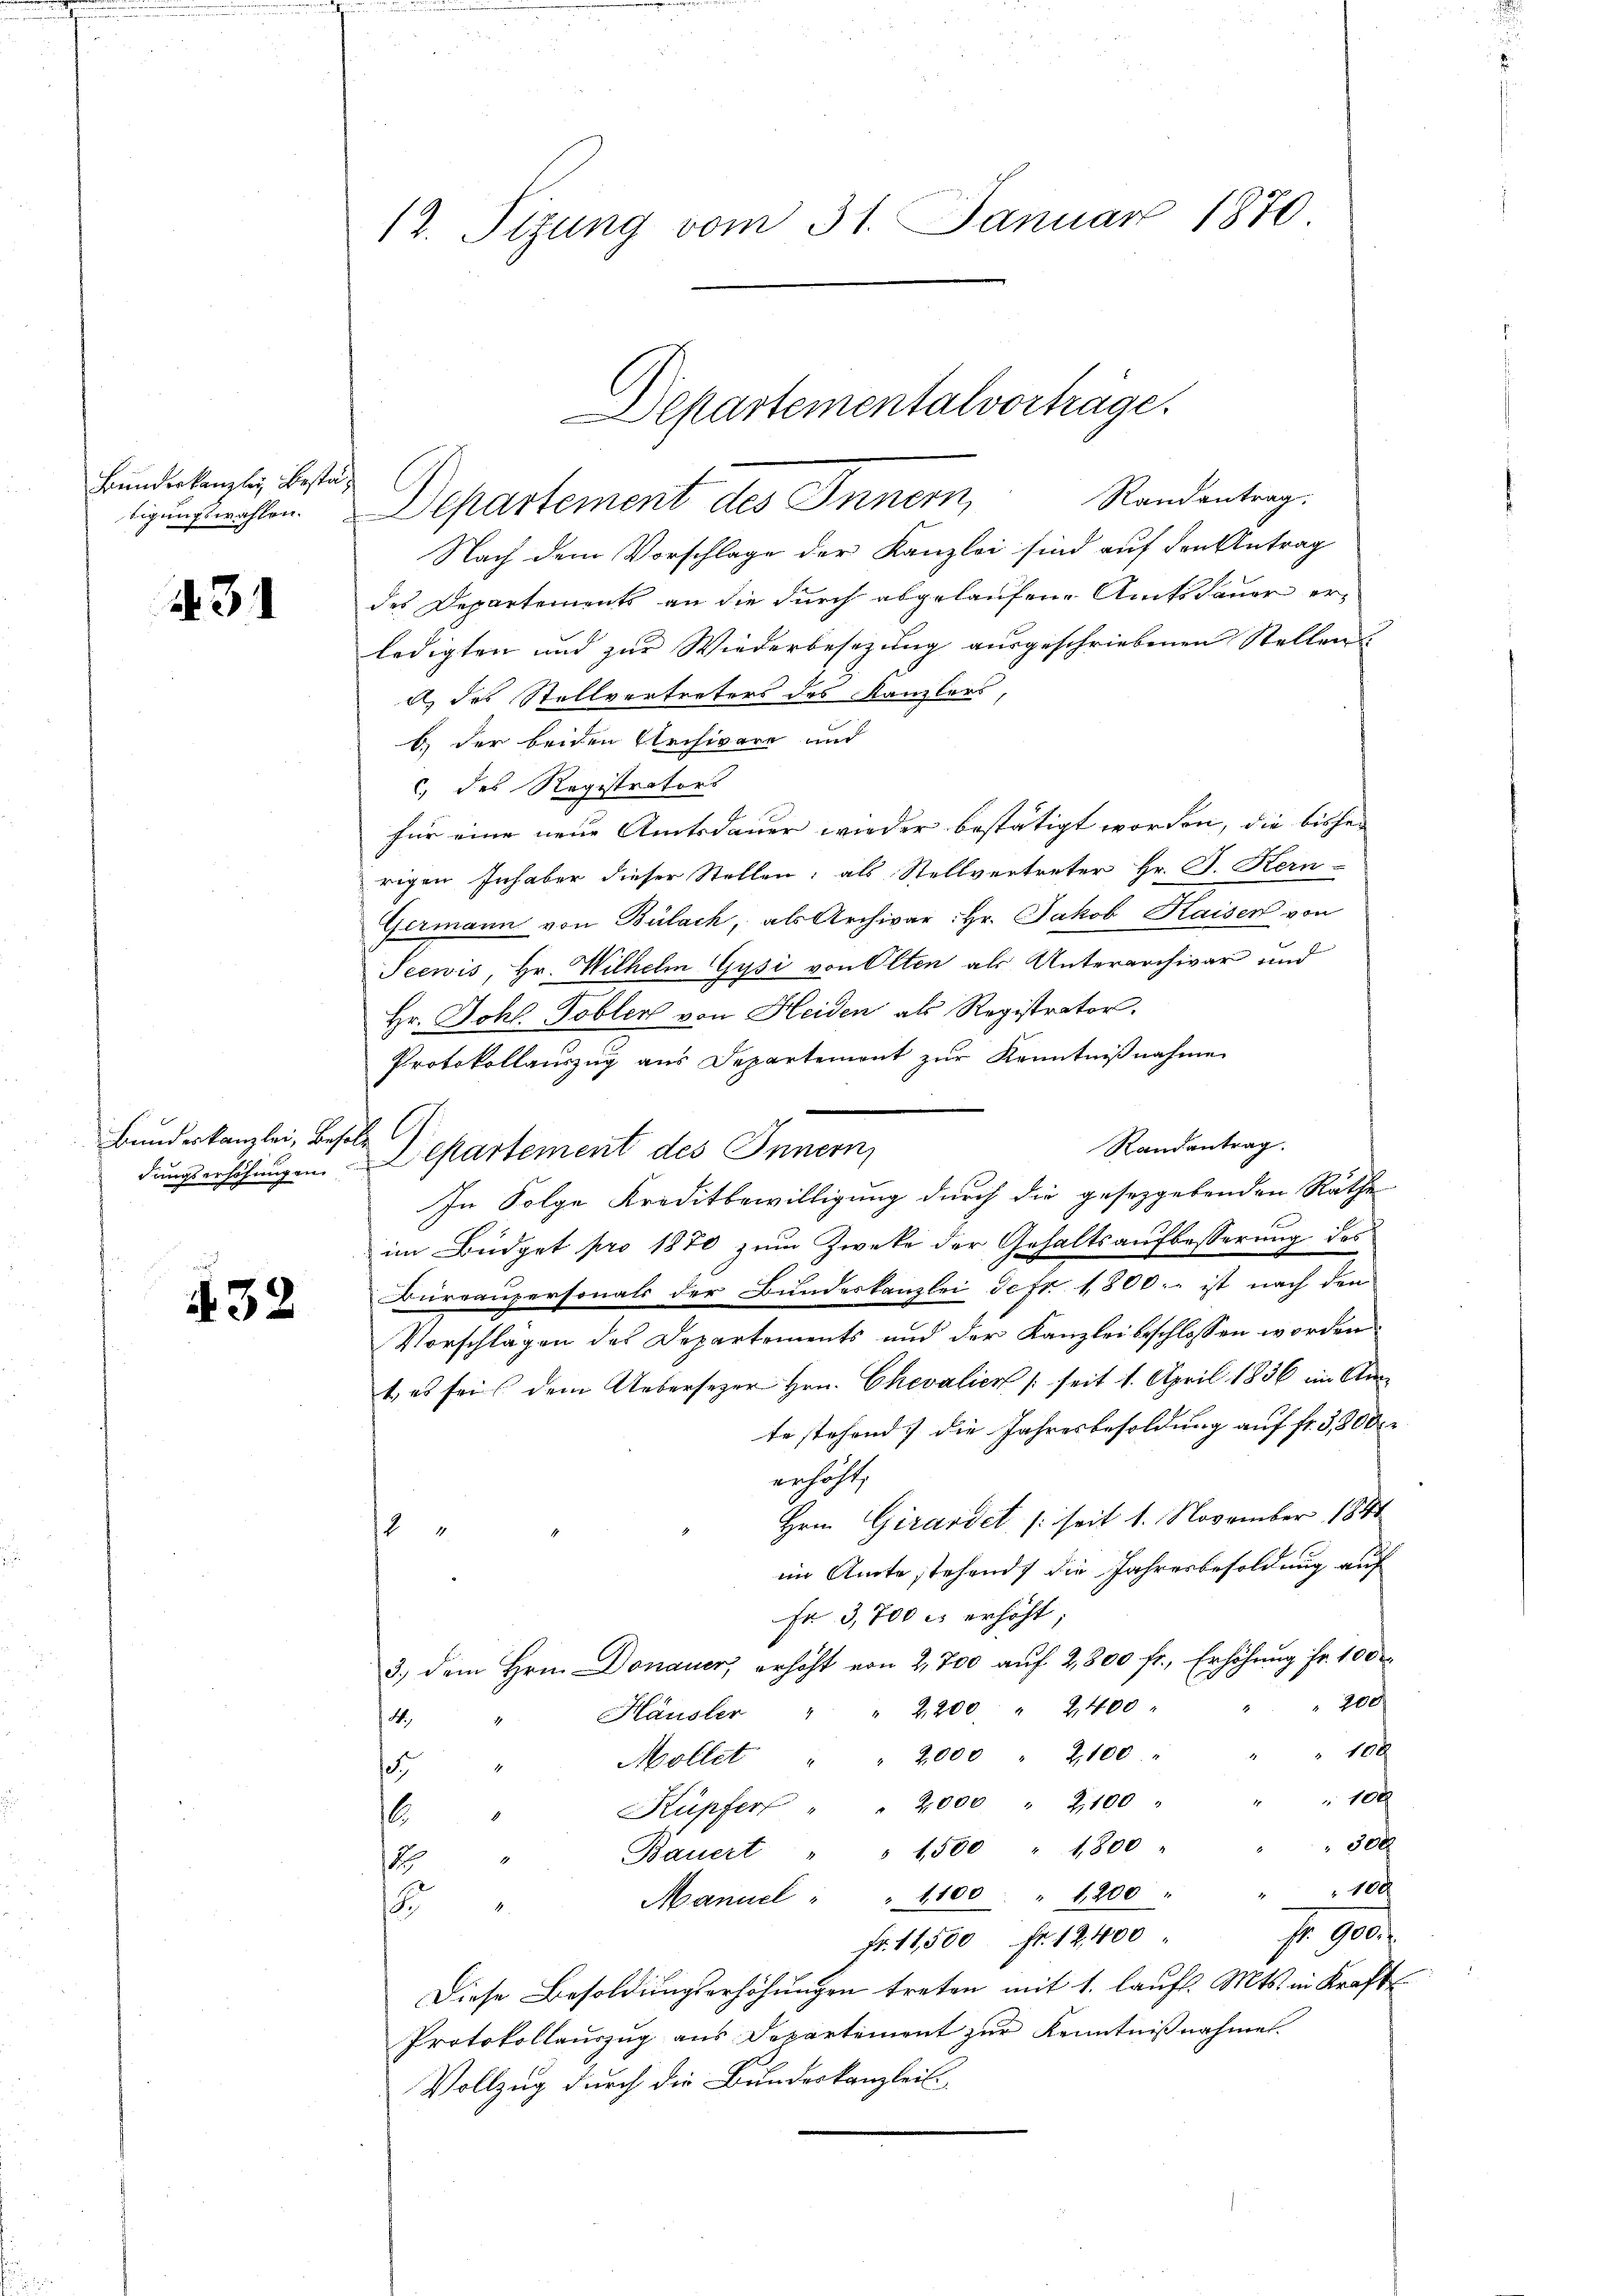
Bundeskanzley Bestätigungswahlen.

431

Bundeskanzlei, Besol

432

12. Sizung vom 31. Januar 1870

Departementalvorträge.
Departement des Innern Randentrag.

Nach dem Vorschlage der Kanzlei sind auf den Antrag
des Departements an die durch abgelaufene Amtsdauer erledigten und zur Wiederbesetzung ausgeschriebenen Stellen
d des Stellvertreters des Kanzlers,
b) der beiden Archivare und
c, des Registrators
für eine neue Amtsdauer wieder bestätigt worden, die bisher
rigen Inhaber dieser Stellen; als Stellvertreter Hr. J. Kern-
Germann von Bülach, als Archivar: Hr. Jakob Kaiser von
Seewis, Hr. Wilhelm Gysi von Olten als Unterarchivar und
Hr. Joh. Tobler von Heiden als Registrator.
Protokollauszug aus Departemont zur Kenntnißnahme
Randantrag.
dungserschungen Departement des Innern,
In Folge Kreditbewilligung durch die gesetzgebenden Rathe
im Büdget pro 1870 zum Zwecke der Gehaltsaufbesserung des
Burraupersonals der Bundeskanzlei Sefr. 1800.- ist nach den
Vorschlägen des Departements und der Kanzlei beschlossen worden
t, es sei dem Uebersezer Hrn. Chevalien /: seit 1. April 1836 im An
te stehend die Jahresbesoldung auf fr. 3,800 r
erhöht,
Hrn. Girardet /: seit 1. November 1841
4
im Amte stehend die Jahresbesoldung auf
Fr 3,700 es erhöht,
3.) Dem Hrn. Donauer, erhöht von 2,700 auf 2,800 fr., Erhöhung Fr. 100
" 200
Häusler " " 2200 " 2400
14
100
Möllet " 2000 " 2100
.
7
100
2,000 " 2100
Küpfer
.
300
" 1,500 " 1800
Bauert
18
10
Manuel " " 1100 " 1200 "
.
fr. 900.
Fr. 11,500 fr. 12,400
Diese Besoldungserhöhungen treten mit 1. lauft. Mts. in Kraft
Protokollauszug aus Departement zur Kenntnißnahmen.
Vollzug durch die Bundeskanzleit